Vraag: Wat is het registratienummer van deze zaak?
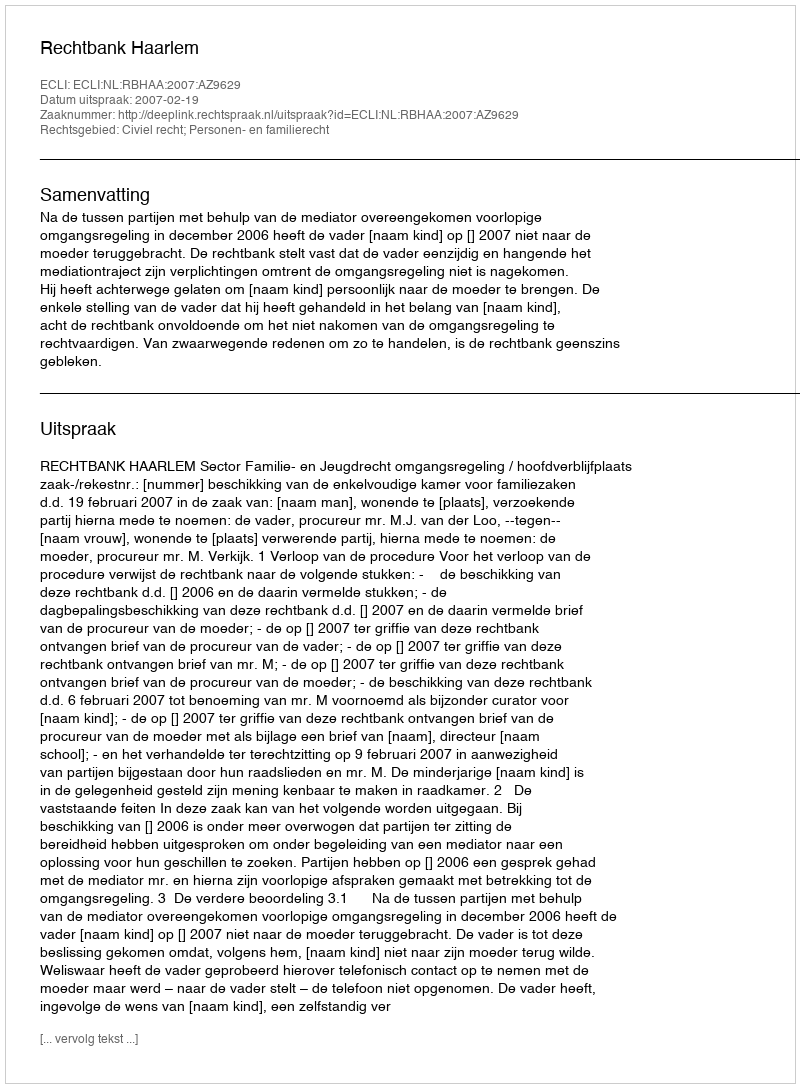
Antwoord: http://deeplink.rechtspraak.nl/uitspraak?id=ECLI:NL:RBHAA:2007:AZ9629